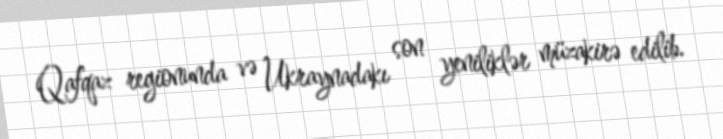
Qafqaz regionunda və Ukraynadakı son yeniliklər müzakirə edilib.